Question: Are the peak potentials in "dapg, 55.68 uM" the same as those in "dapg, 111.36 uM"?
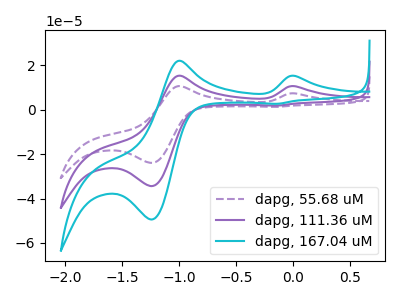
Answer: <think>The purple dashed curve "dapg, 55.68 uM" has anodic peaks at (0.00V, 7.40uA) (-1.00V, 10.70uA) and cathodic peaks at (-1.25V, -23.90uA) (-0.15V, 1.30uA). The purple curve "dapg, 111.36 uM" has anodic peaks at (0.00V, 10.60uA) (-1.00V, 15.35uA) and cathodic peaks at (-1.25V, -34.40uA) (-0.15V, 1.90uA). The cyan curve "dapg, 167.04 uM" has anodic peaks at (0.00V, 21.20uA) (-1.00V, 30.70uA) and cathodic peaks at (-1.25V, -68.75uA) (-0.15V, 3.75uA).</think>
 <answer>Yes, "dapg, 55.68 uM" have a peak in "dapg, 111.36 uM" at the same potential.</answer>
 <eval>match</eval>